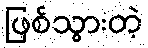
ဖြစ်သွားတဲ့